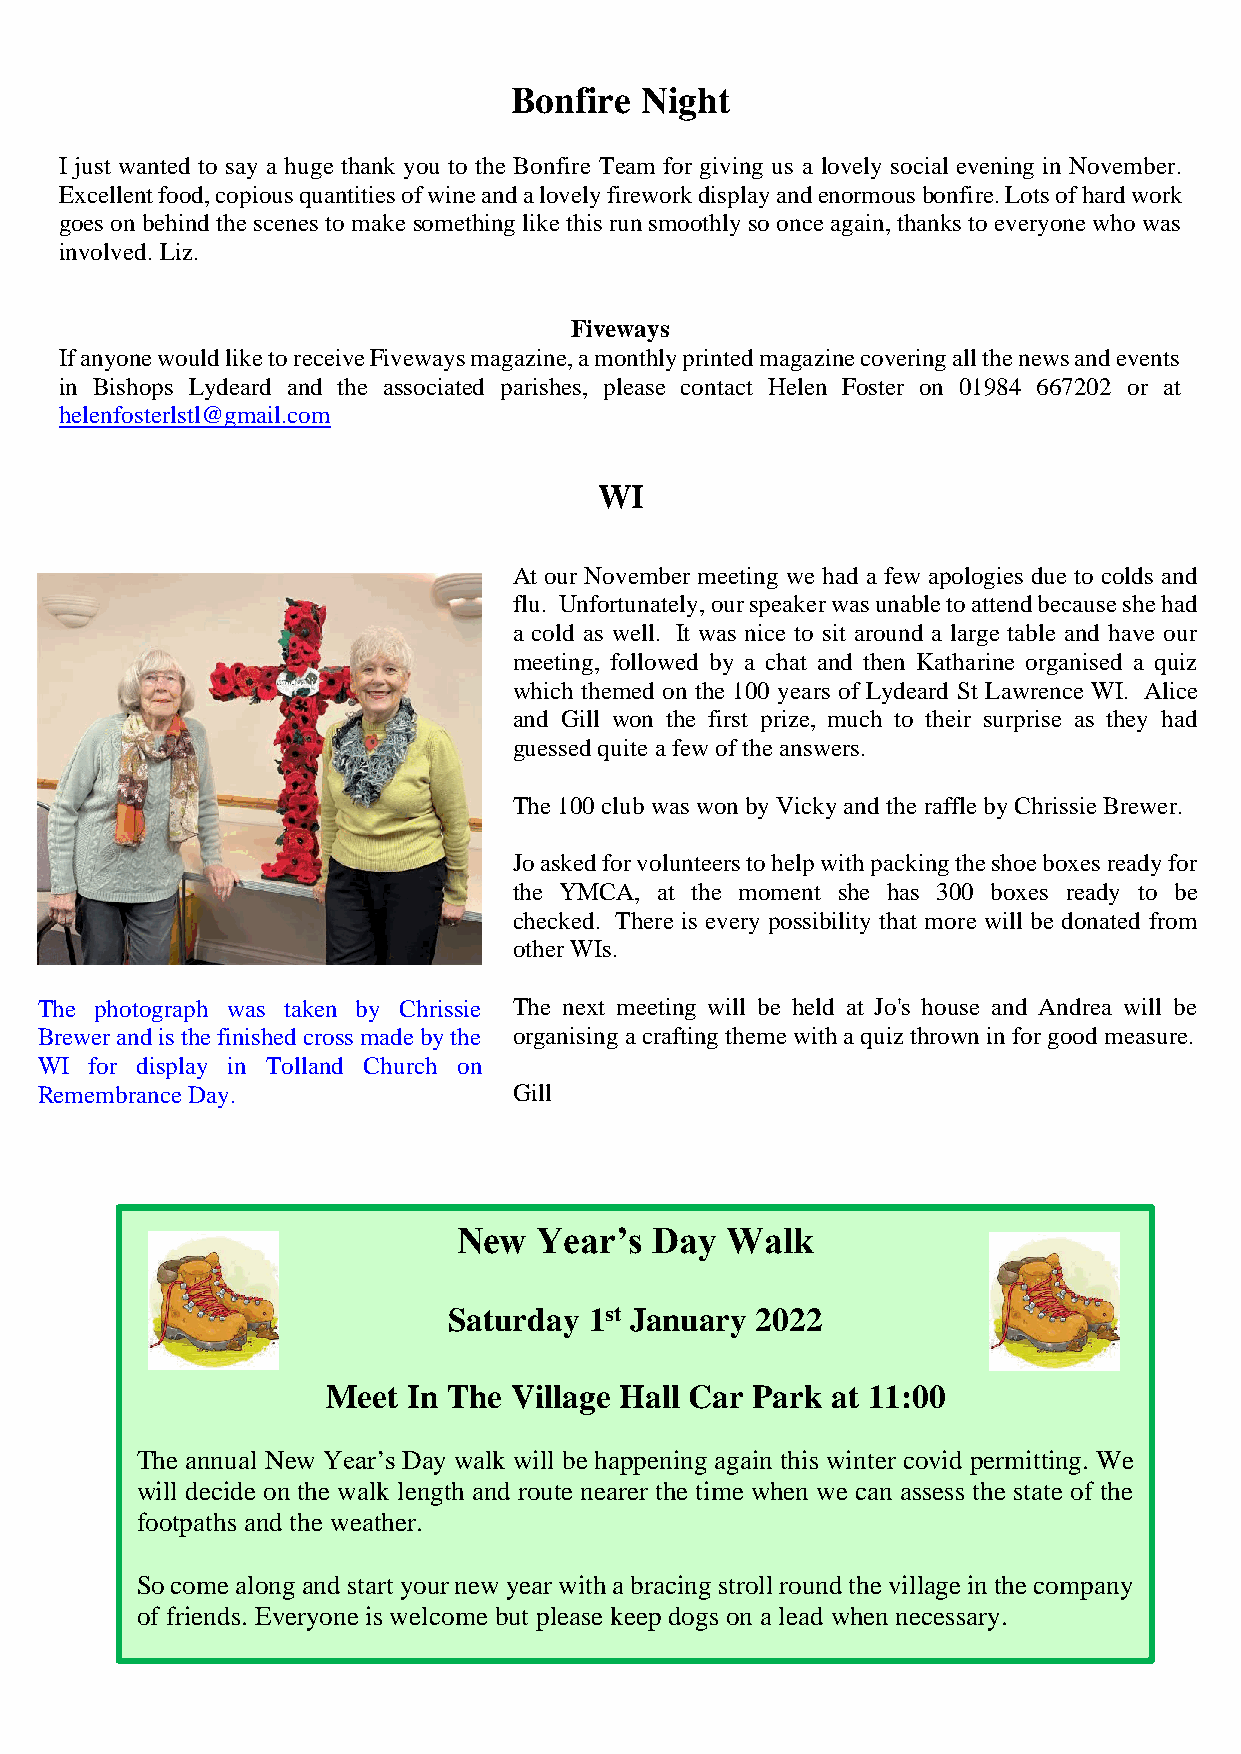
Bonfire Night
 I just wanted to say a huge thank you to the Bonfire Team for giving us a lovely social evening in November.
 Excellent food, copious quantities of wine and a lovely firework display and enormous bonfire. Lots of hard work
 goes on behind the scenes to make something like this run smoothly so once again, thanks to everyone who was
 involved. Liz.
 Fiveways
 If anyone would like to receive Fiveways magazine, a monthly printed magazine covering all the news and events
 in Bishops Lydeard and the associated parishes, please contact Helen Foster on 01984 667202 or at
 helenfosterlstl@gmail.com
 WI
 At our Nov ember meeting we had a few apologies due to colds and
 flu. Unfort unately, our speaker was unable to attend because she had
 a cold as w ell. It was nice to sit around a large table and have our
 meeting, fo llowed by a chat and then Katharine organised a quiz
 which them ed on the 100 years of Lydeard St Lawrence WI. Alice
 and Gill w on the first prize, much to their surprise as they had
 guessed qu ite a few of the answers.
 The 100 clu b was won by Vicky and the raffle by Chrissie Brewer.
 Jo asked fo r volunteers to help with packing the shoe boxes ready for
 the YMCA , at the moment she has 300 boxes ready to be
 checked. T here is every possibility that more will be donated from
 other WIs.
 The photograph was taken by Chrissie The next m eeting will be held at Jo's house and Andrea will be
 Brewer and is the finished cross made by the organising a crafting theme with a quiz thrown in for good measure.
 WI  for display in Tolland Church on
 Remembrance Day.                Gill
 New   Year’s D ay Walk
 Saturday 1st January 2022
 Meet In The Village Hall Car Park at 11:00
 The annual New Year’s Day walk will be happening again this winter covid permitting. We
 will decide on the walk length and route nearer the time when we can assess the state of the
 footpaths and the weather.
 So come along and start your new year with a bra cing stroll round the village in the company
 of friends. Everyone is welcome but please keep dogs on a lead when necessary.